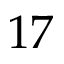
1 7